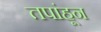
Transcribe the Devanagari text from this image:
तपांहून